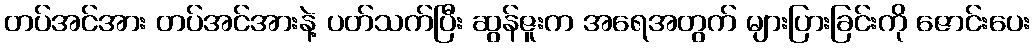
တပ်အင်အား တပ်အင်အားနဲ့ ပတ်သက်ပြီး ဆွန်ဇူးက အရေအတွက် များပြားခြင်းကို ဇောင်းပေး